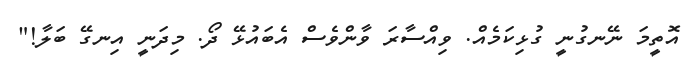
އޮތީމަ ނޭނގުނީ ގުޅިކަމެއް. ވިއްސާރަ ވާންވެސް އެބައުޅޭ ދޯ. މިދަނީ އިނގޭ ބަލާ!"